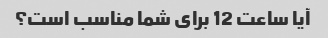
آیا ساعت 12 برای شما مناسب است؟